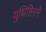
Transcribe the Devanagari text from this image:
युधिष्ठिरने